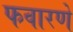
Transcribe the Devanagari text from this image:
फवारणे